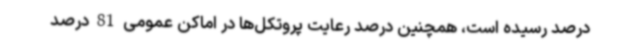
درصد رسیده است، همچنین درصد رعایت پروتکل‌ها در اماکن عمومی 81 درصد